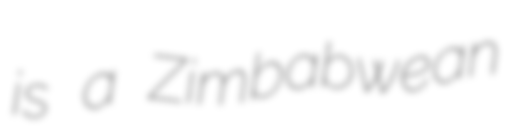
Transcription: is a Zimbabwean